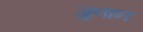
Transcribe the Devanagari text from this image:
जुनान